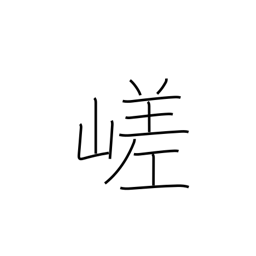
Meaning: craggy